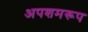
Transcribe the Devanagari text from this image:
अपशमरूप